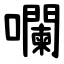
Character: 㘓